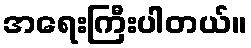
အရေးကြီးပါတယ်။